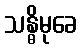
သန္ဓိမုခေ